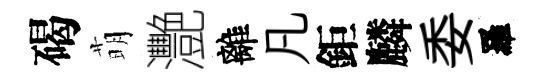
碣萌灧離凡鉅麟委羅